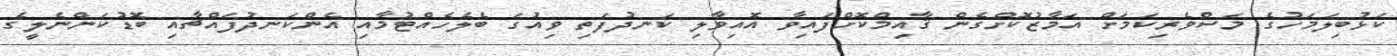
ކަޅުބިލަމަހުގެ މަސްވެރިކަމަށް އަމާޒުކޮށްގެން ޤާއިމްކޮށްފައިވާ އޮއިވާލި ކަނދުފަތި ވިއުގަ ބެލެހެއްޓުމާއި އެންކަނދުފައްޗާއި ބޮޑުކަންނެލީގެ